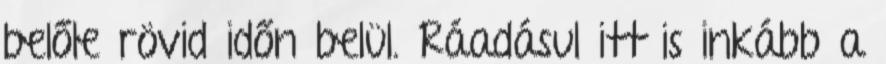
belőle rövid időn belül. Ráadásul itt is inkább a